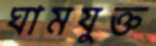
ঘামযুক্ত